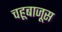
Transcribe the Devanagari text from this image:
चहूबाजूस